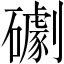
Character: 𥗌